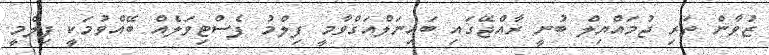
ޒުވާން ތަރި ޖުމައްޔިލް ބުނީ ރާއްޖޭގައި ބައިނަލްއަގްވާމީ ފިލްމު ފެސްޓިވަލެއް ބޭއްވުމަކީ ފިލްމީ